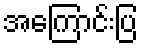
အကြောင်းပြ